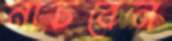
নাচবেন